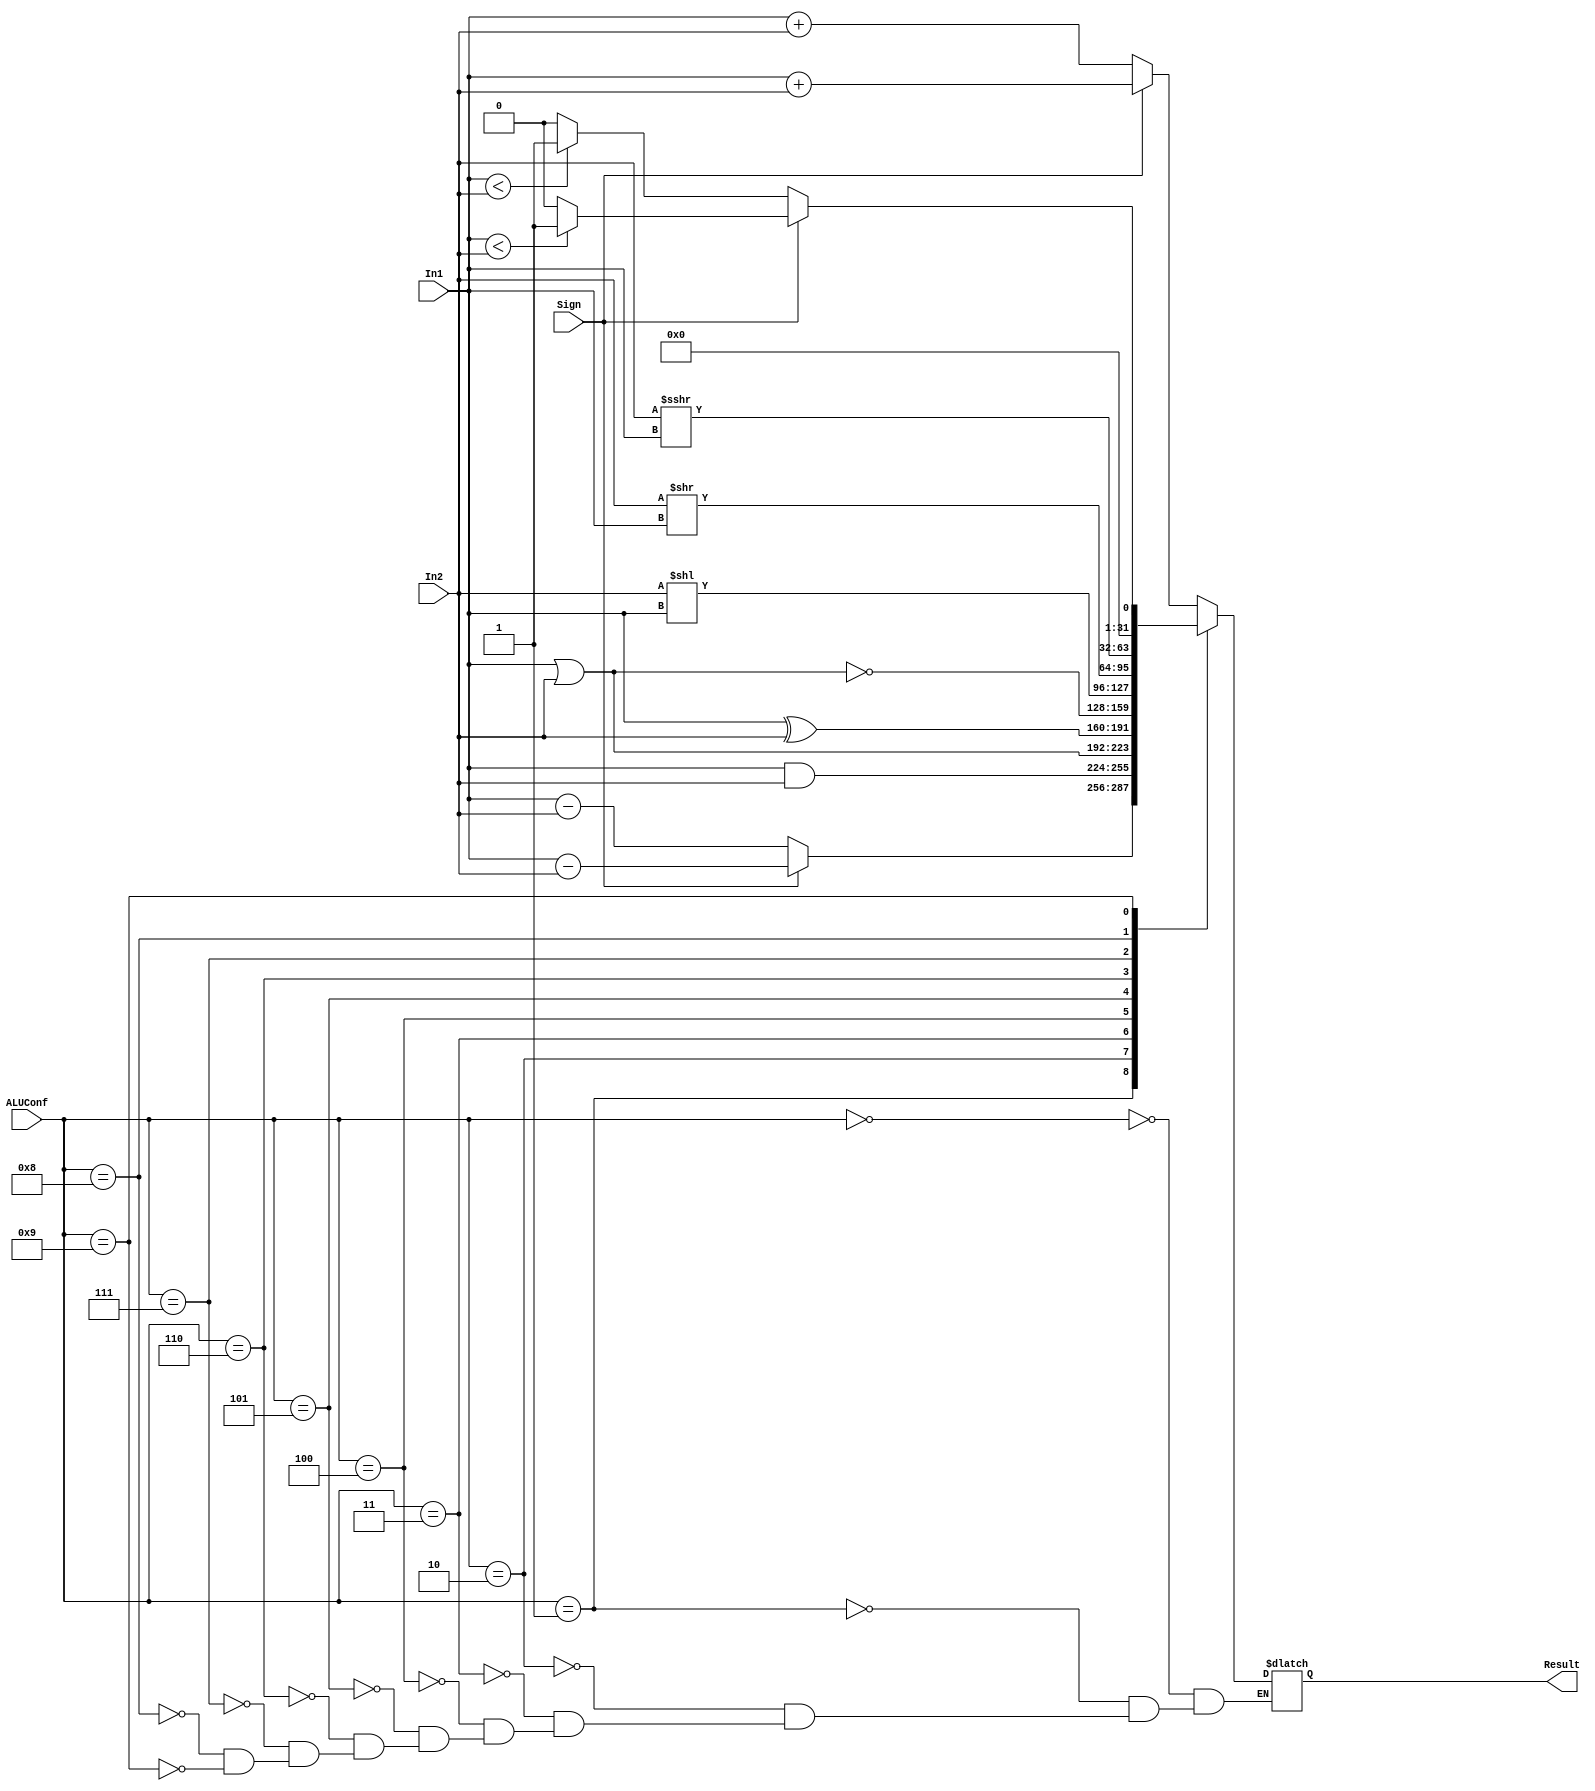
module ALU(ALUConf, Sign, In1, In2, Result);
    // Control Signals
    input [4:0] ALUConf;
    input Sign;
    // Input Data Signals
    input [31:0] In1;
    input [31:0] In2;
    // Output 
    output reg [31:0] Result;
    
    always @(*) begin
    case(ALUConf)
    //
    5'b00000:if(Sign==1'b1) begin 
             Result=$signed(In1)+$signed(In2);
             end
             else begin
             Result=In1+In2;
             end
    //
    5'b00001:if(Sign==1'b1) begin 
             Result=$signed(In1)-$signed(In2);
             end
             else begin
             Result=In1-In2;
             end
    //
    5'b00010:begin 
             Result=In1&In2;
             end
    //
    5'b00011:begin 
             Result=In1|In2;
             end
    //
    5'b00100:begin 
             Result=In1^In2;
             end
    //
    5'b00101:begin 
             Result=~(In1|In2);
             end
    //
    5'b00110:begin 
             Result=In2<<In1;
             end
    //
    5'b00111:begin 
             Result=In2>>In1;
             end
    //
    5'b01000:begin 
             Result=$signed(In2)>>>In1;
             end
    //slt,sltu,slti,sltiu
    5'b01001:if(Sign==1'b1) begin 
             Result=($signed(In1)<$signed(In2))?32'b1:32'b0;
             end
             else begin
             Result=(In1<In2)?32'b1:32'b0;
             end
    
    endcase
end

endmodule